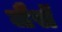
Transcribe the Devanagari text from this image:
जैसॅ